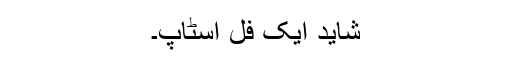
شاید ایک فل اسٹاپ۔